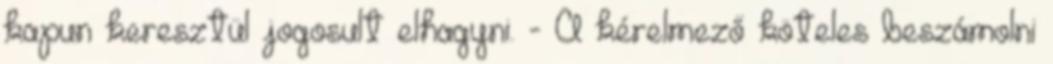
kapun keresztül jogosult elhagyni. - A kérelmező köteles beszámolni